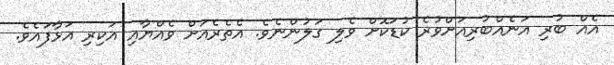
އެއް ބުރި އަނެއްބުރިއަށްވުރެ ކުޑަކޮށް ވެލި ގަލުންނެވެ. އެތެރެއަށް ވެއްޔާއި އަކިރި އަޅާފައެވެ.